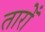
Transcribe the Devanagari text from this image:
तारोँ